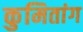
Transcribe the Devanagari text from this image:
कुमितांग